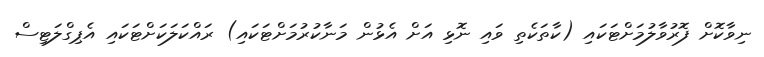
ނިވާކޮށް ފޮރުވާލުމަށްޓަކައި (ކާތަކެތި ވައި ނޮޅި އަށް އެޅުން މަނާކުރުމަށްޓަކައި) ރައްކަލަކަށްޓަކައި އެޕިގްލަޓިސް